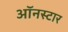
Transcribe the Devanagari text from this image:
ऑनस्टार